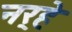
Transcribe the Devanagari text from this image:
नर्‍हे